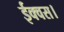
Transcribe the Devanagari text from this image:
ईक्वस।